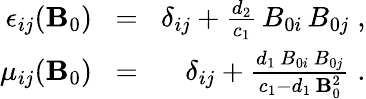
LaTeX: \begin{array}{rlr}{\epsilon_{ij}({\mathbf B}_{0})\! }&{=}&{\! \delta_{ij}+\frac{d_{2}}{c_{1}}\, B_{0i}\, B_{0j}\; ,}\\ {\mu_{ij}({\mathbf B}_{0})\! }&{=}&{\! \delta_{ij}+\frac{d_{1}\, B_{0i}\, B_{0j}}{c_{1}-d_{1}\, {\mathbf B}_{0}^{2}}\; .}\end{array}